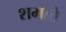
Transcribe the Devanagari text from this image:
शर्माते